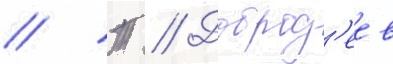
// Т // Доброд'еев